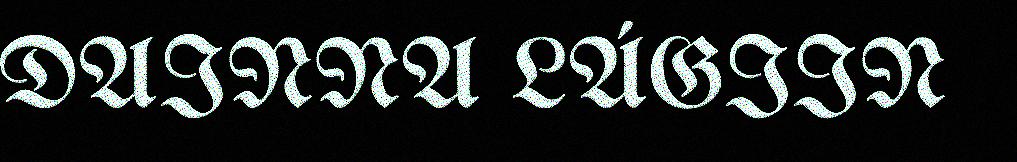
DAINNA LÁGIIN